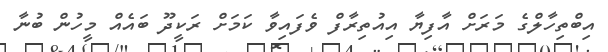
އިބްތިހާލްގެ މަރަށް އާފިޔާ އިއުތިރާފް ވެފައިވާ ކަމަށް ރަކީދޫ ބައެއް މީހުން ބުނާ